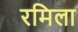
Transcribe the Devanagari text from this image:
रमिला